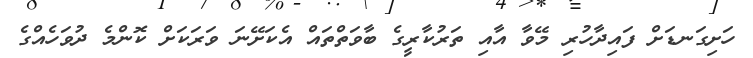
ހަށިގަނޑަށް ފައިދާހުރި މޭވާ އާއި ތަރުކާރީގެ ބާވަތްތައް އެކަށޭނަ ވަރަކަށް ކޮންމެ ދުވަހެއްގެ